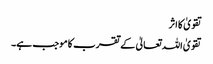
تقویٰ کا اثر
تقویٰ اللہ تعالیٰ کے تقرب کا موجب ہے۔